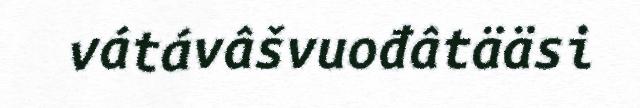
vátávâšvuođâtääsi